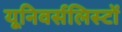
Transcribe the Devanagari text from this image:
यूनिवर्सलिस्टों